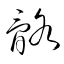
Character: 骼